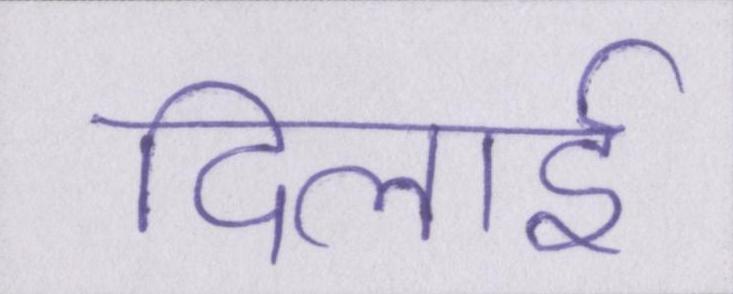
दिलाई